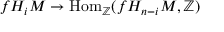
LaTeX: f H _ { i } M \to \mathrm { H o m } _ { \mathbb { Z } } ( f H _ { n - i } M , \mathbb { Z } )